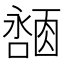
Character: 𪢓